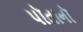
પૉતાનૉ